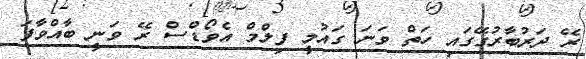
ރޭ ދަރުބާރުގޭގައި ހަތް ވަނަ ގައުމީ ފިލްމް އެވޯޑްސް ރޭ ވަނީ ބާއްވާފަ